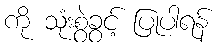
ကို သုံးစွဲခွင့် ပြုပါရန်